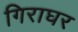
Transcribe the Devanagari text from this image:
गिराघर